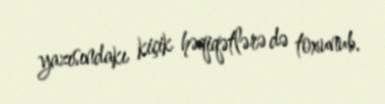
yazısındakı kiçik həqiqətlərə də toxunub.